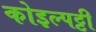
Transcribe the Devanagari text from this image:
कोइल्पट्टी